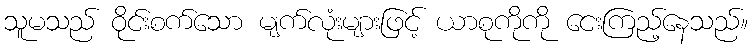
သူမသည် ဝိုင်းစက်သော မျက်လုံးများဖြင့် ယာစုကိုကို ငေးကြည့်နေသည်။